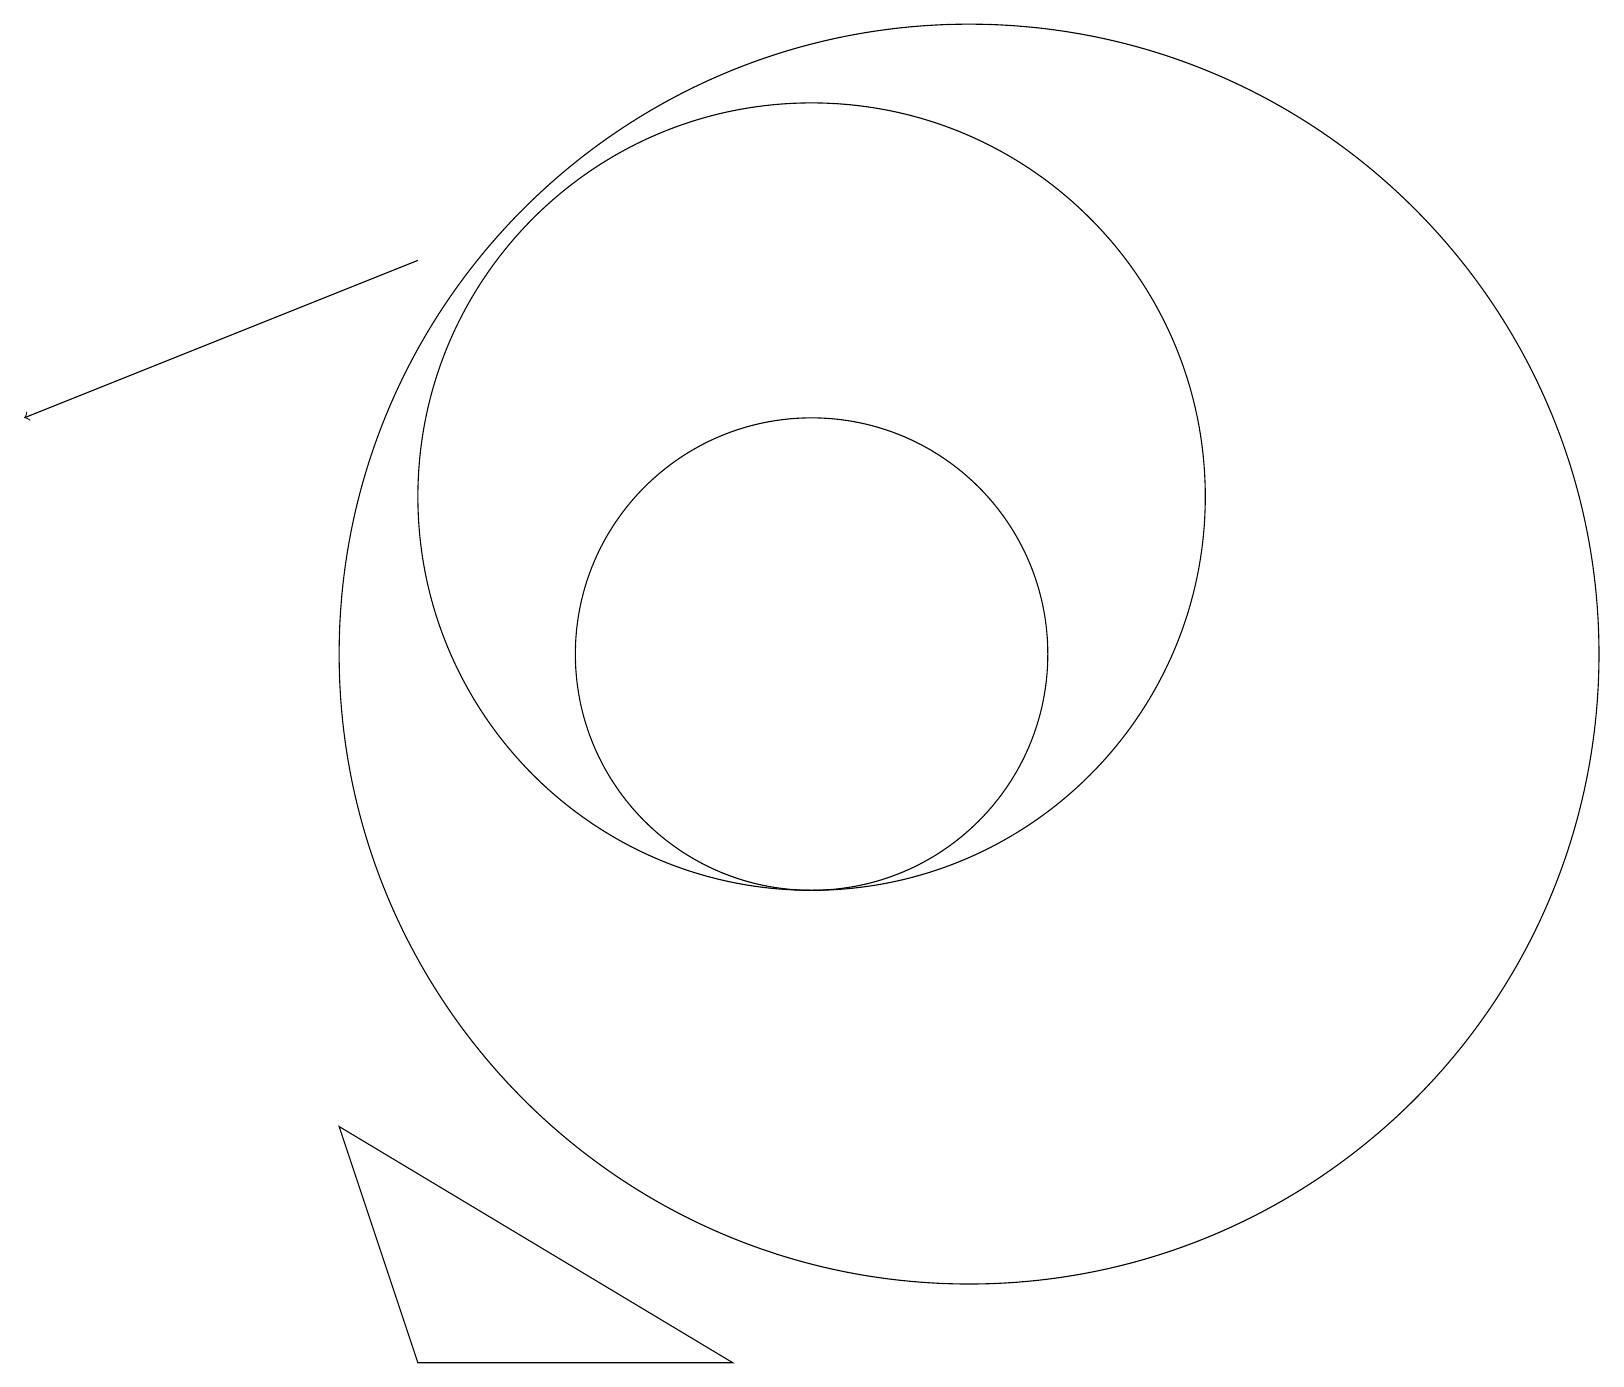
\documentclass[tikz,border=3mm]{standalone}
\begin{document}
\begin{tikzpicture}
\draw (12,10) circle (8);
\draw[->] (5,15) -- (0,13);
\draw (4,4) -- (9,1) -- (5,1) -- cycle;
\draw (10,12) circle (5);
\draw (10,10) circle (3);
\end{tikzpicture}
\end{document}